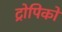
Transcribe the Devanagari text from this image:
ट्रोपिको